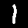
Label: 1